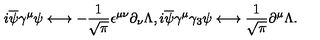
i \overline { { \psi } } \gamma ^ { \mu } \psi \longleftrightarrow - \frac { 1 } { \sqrt { \pi } } \epsilon ^ { \mu \nu } \partial _ { \nu } \Lambda , i \overline { { \psi } } \gamma ^ { \mu } \gamma _ { 3 } \psi \longleftrightarrow \frac { 1 } { \sqrt { \pi } } \partial ^ { \mu } \Lambda .